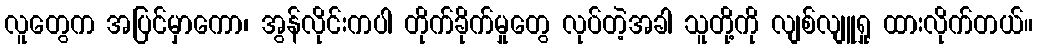
လူတွေက အပြင်မှာကော၊ အွန်လိုင်းကပါ တိုက်ခိုက်မှုတွေ လုပ်တဲ့အခါ သူတို့ကို လျစ်လျူရှု ထားလိုက်တယ်။